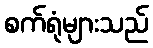
စက်ရုံများသည်